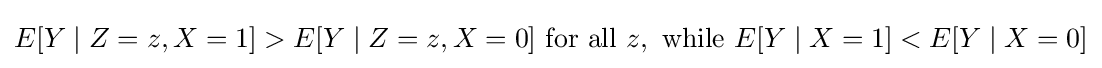
E[Y\mid Z=z,X=1]>E[Y\mid Z=z,X=0]\ {\text{for all }}z,{\text{ while }}E[Y\mid X=1]<E[Y\mid X=0]